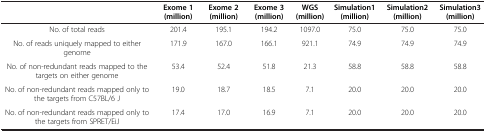
<table><thead><tr><td><b> </b></td><td><b>Exome 1 (million)</b></td><td><b>Exome 2 (million)</b></td><td><b>Exome 3 (million)</b></td><td><b>WGS (million)</b></td><td><b>Simulation1 (million)</b></td><td><b>Simulation2 (million)</b></td><td><b>Simulation3 (million)</b></td></tr></thead><tbody><tr><td>No. of total reads</td><td>201.4</td><td>195.1</td><td>194.2</td><td>1097.0</td><td>75.0</td><td>75.0</td><td>75.0</td></tr><tr><td>No. of reads uniquely mapped to either genome</td><td>171.9</td><td>167.0</td><td>166.1</td><td>921.1</td><td>74.9</td><td>74.9</td><td>74.9</td></tr><tr><td>No. of non-redundant reads mapped to the targets on either genome</td><td>53.4</td><td>52.4</td><td>51.8</td><td>21.3</td><td>58.8</td><td>58.8</td><td>58.8</td></tr><tr><td>No. of non-redundant reads mapped only to the targets from C57BL/6 J</td><td>19.0</td><td>18.7</td><td>18.5</td><td>7.1</td><td>20.0</td><td>20.0</td><td>20.0</td></tr><tr><td>No. of non-redundant reads mapped only to the targets from SPRET/EiJ</td><td>17.4</td><td>17.0</td><td>16.9</td><td>7.1</td><td>20.0</td><td>20.0</td><td>20.0</td></tr></tbody></table>